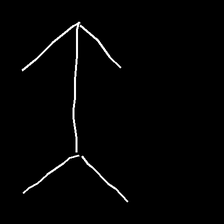
Glyph: gather